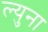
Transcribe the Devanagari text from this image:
ल्युना